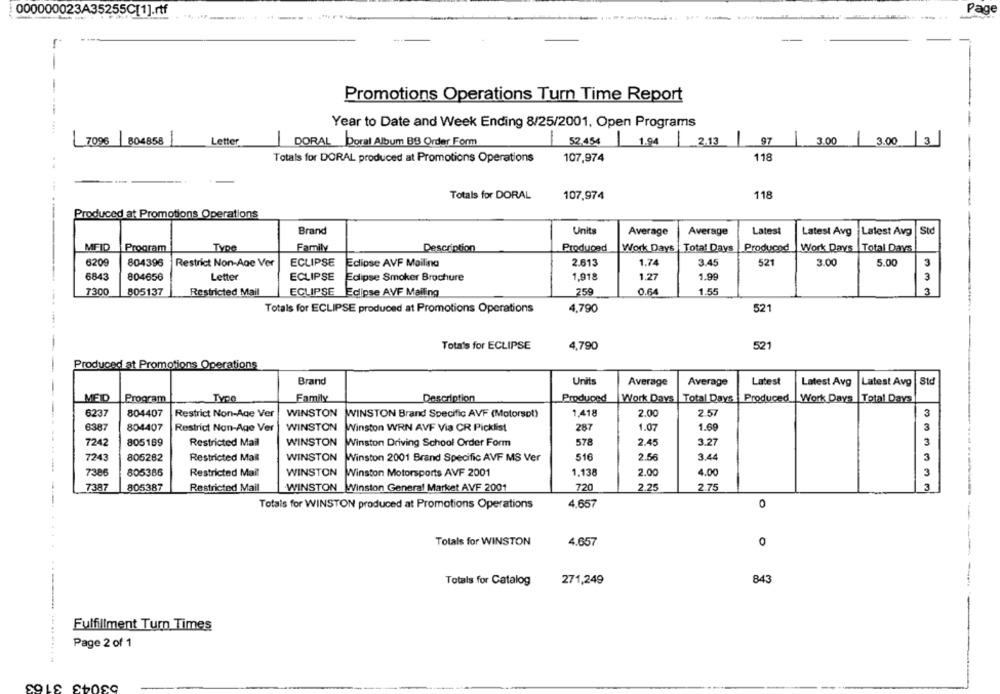
000000023A35255C[1].rtf
Page
Promotions Operations Turn Time Report
Year to Date and Week Ending 8/25/2001, Open Programs
----
7096 804858
Letter
DORAL Doral Album BB Order Form
52,456 04 2.13
97
1
3.00
3.00 3
Totals for DORAL produced at Promotions Operations
107,974
118
-
Totals for DORAL
118
107,974
Produced at Promotions Operations
Brand
Units
Average
Average
Latest
Latest Avg
Latest Avg
St
MEID
Program
Type
Family
Description
Produced
Work Days |Total Days
Produced
Work Days |Total Days
6209
804396
Restrict Non-Age Ver
ECLIPSE
Eclipse AVF Mailing
2.613
1.74
3.45
521
3.00
5.00
3
6843
804656
Letter
ECLIPSE
Eclipse Smoker Brochure
1,918
1.27
1.99
3
7300
805137
Restricted Mail
ECLIPSE Eclipse AVF Mailing
259
0.64
1.55
3
Totals for ECLIPSE produced at Promotions Operations
4,790
521
Tota's for ECLIPSE
4,790
521
Produced at Promotions Operations
Brand
Units
Average
Average
Latest
Latest Avg
Latest Avg
Std
MED
Program
Type
Family
Description
Produced
Work Days
Total Days
Produced
Work Days |Total Days
6237
804407
Restrict Non-Age Ver
WINSTON
WINSTON Brand Specific AVF (Motorspt)
1,418
2.00
2.57
3
6387
804407
Restrict Non-Age Ver
WINSTON
Winston WRN AVF Via CR Picklist
287
1.07
1.69
3
7242
805169
Restricted Mail
WINSTON
Winston Driving School Order Form
578
2.45
3.27
3
7243
805282
Restricted Mail
WINSTON
Winston 2001 Brand Specific AVF MS Ver
516
2.56
3.44
3
805386
Restricted Mail
WINSTON
1.138
2.00
4.00
3
7386
Winston Motorsports AVF 2001
7387
720
2.75
3
805387
Restricted Mail
WINSTON Winston General Market AVF 2001
2.25
Totals for WINSTON produced at Promotions Operations
4,657
0
Totals for WINSTON
4.657
0
Totals for Catalog
271,249
843
Fulfillment Turn Times
Page 2 of 1
SOLS SŁOSO